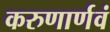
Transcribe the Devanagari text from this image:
करुणार्णवं